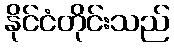
နိုင်ငံတိုင်းသည်